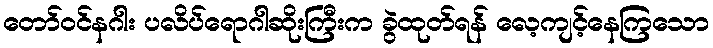
တော်ဝင်နဂါး ပလိပ်ရောဂါဆိုးကြီးက ခွဲထုတ်ရန် လေ့ကျင့်နေကြသော